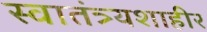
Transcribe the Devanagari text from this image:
स्वातंत्र्यशाहीर